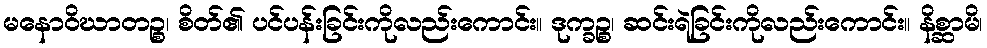
မနောဝိဃာတဉ္စ၊ စိတ်၏ ပင်ပန်းခြင်းကိုလည်းကောင်း။ ဒုက္ခဉ္စ၊ ဆင်းရဲခြင်းကိုလည်းကောင်း။ နိစ္ဆာမိ၊